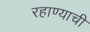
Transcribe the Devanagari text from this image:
रहाण्याचीं